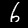
Digit: 6